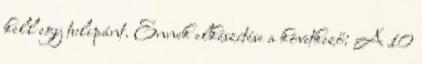
kell egy tulipánt. Ennek elkészítése a következő: A 10